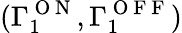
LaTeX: (\Gamma_{1}^{\mathrm{~O~N~}},\Gamma_{1}^{\mathrm{~O~F~F~}})